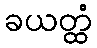
ခယတ္ထံ